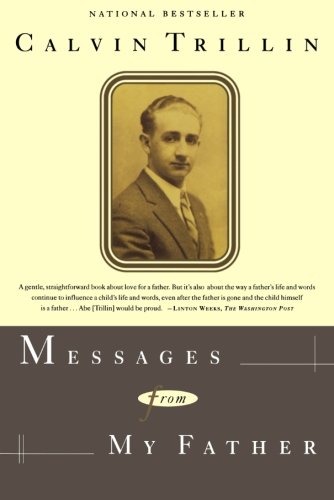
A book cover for Messages From My Father: A Memoir; Calvin Trillin; Travel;